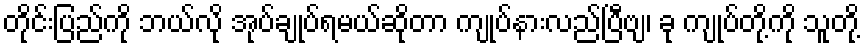
တိုင်းပြည်ကို ဘယ်လို အုပ်ချုပ်ရမယ်ဆိုတာ ကျုပ်နားလည်ပြီဗျ၊ ခု ကျုပ်တို့ကို သူတို့